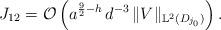
LaTeX: \begin{align*}J_{12} = \mathcal{O}\left(a^{\frac{9}{2}-h} \, d^{-3} \, \lVert V\rVert_{\mathbb{L}^2(D_{j_0})} \right).\end{align*}